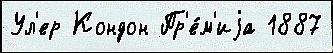
Ул'ер Кондон Пр'е́м'иjа 1887